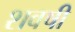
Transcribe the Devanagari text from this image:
शवषी